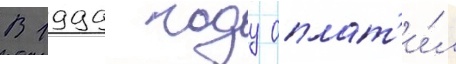
В 1999 году оплат'и́л